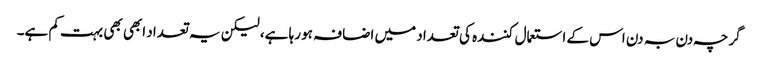
گرچہ دن بہ دن اس کے استعمال کنندہ کی تعداد میں اضافہ ہو رہا ہے، لیکن یہ تعداد ابھی بھی بہت کم ہے۔